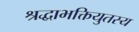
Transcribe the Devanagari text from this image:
श्रद्धाभक्तियुतस्य